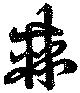
棘